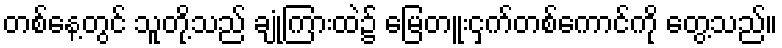
တစ်နေ့တွင် သူတို့သည် ချုံကြားထဲ၌ မြေတူးငှက်တစ်ကောင်ကို တွေ့သည်။